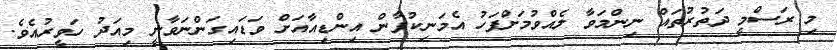
މި ރަސްމީ ދަތުރުތައް ނިންމަވާ ލެއްވުމަށްފަހު އެމަނިކުފާން އިންޑިއާއަށް ވަޑައިގަންނަވާނީ މިއަދު ހަވީރުއެވެ.